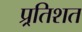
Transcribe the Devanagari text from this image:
प्र्रतिशत